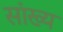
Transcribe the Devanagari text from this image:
सांख्‍य